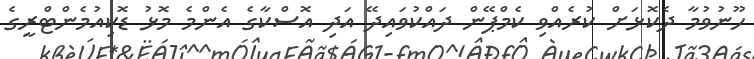
ހޫނުވުމާ ދެކޮޅަށް ކުރެއްވި ކެމްޕޭން ދައްކުވައިދޭ އަދި އޮސްކާގެ އެންމެ މޮޅު ޑޮކިއުމެންޓްރީގެ